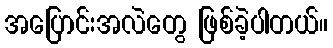
အပြောင်းအလဲတွေ ဖြစ်ခဲ့ပါတယ်။